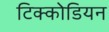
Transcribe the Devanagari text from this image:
टिक्कोडियन